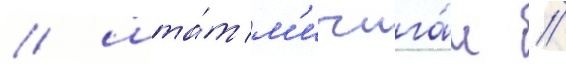
/ шта́т м'ичига́н //